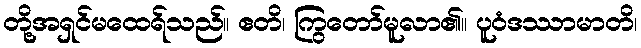
တို့အရှင်မထေရ်သည်။ ဧတိ၊ ကြွတော်မူလာ၏။ ပူဝံဒဿာမာတိ၊